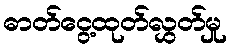
ဓာတ်ငွေ့ထုတ်လွှတ်မှု